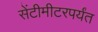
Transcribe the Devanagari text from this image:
सेंटीमीटरपर्यंत